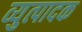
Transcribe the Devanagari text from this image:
व्युत्पादक